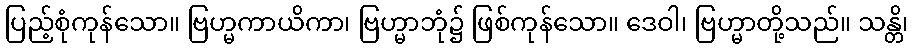
ပြည့်စုံကုန်သော။ ဗြဟ္မကာယိကာ၊ ဗြဟ္မာဘုံ၌ ဖြစ်ကုန်သော။ ဒေဝါ၊ ဗြဟ္မာတို့သည်။ သန္တိ၊